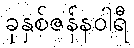
ခုနှစ်ဇန်နဝါရီ